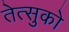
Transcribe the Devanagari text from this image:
तेत्सुको